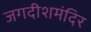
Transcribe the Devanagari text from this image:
जगदीशमंदिर